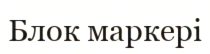
Блок маркері